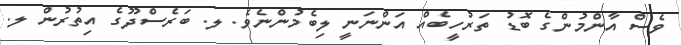
ވެސް އާންމުންގެ ބޮޑު ތަރުހީބެއް އަންނަނީ ލިބެމުންނެވެ. ލ. ބަރެސްދޫގެ އިތުރުން ލ.